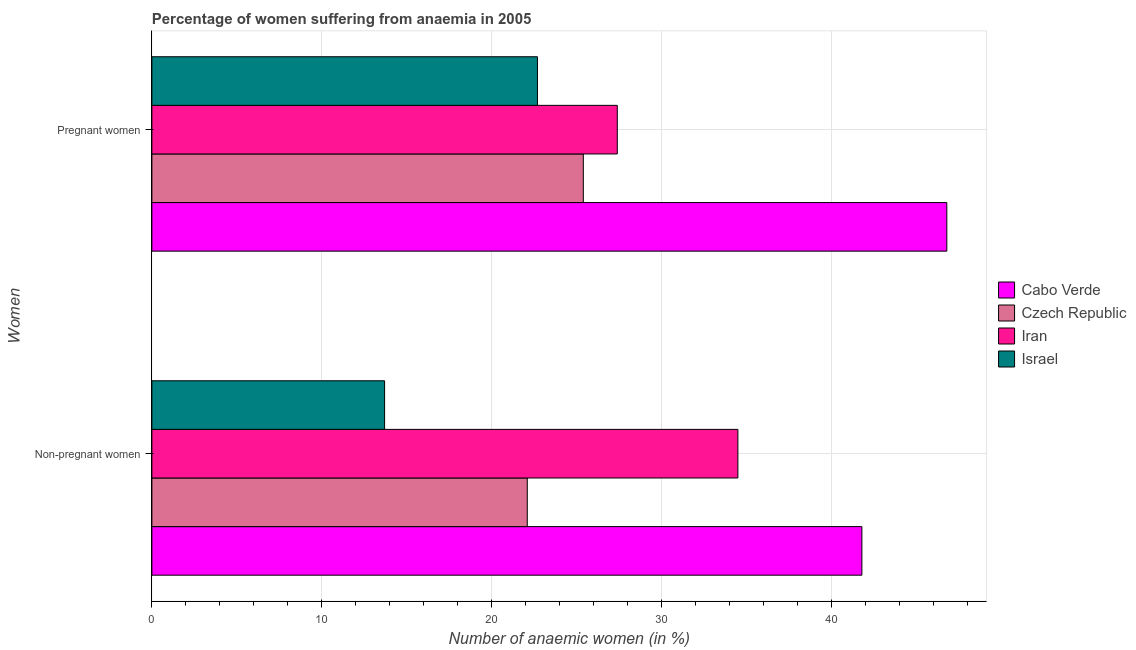
| Women | Cabo Verde | Czech Republic | Iran | Israel |
 | --- | --- | --- | --- | --- |
 | Non-pregnant women | 41.8 | 22.1 | 34.5 | 13.7 |
 | Pregnant women | 46.8 | 25.4 | 27.4 | 22.7 |